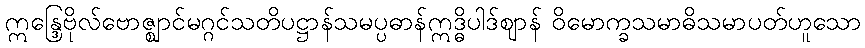
ဣန္ဒြေဗိုလ်ဗောဇ္ဈာင်မဂ္ဂင်သတိပဋ္ဌာန်သမပ္ပဓာန်ဣဒ္ဓိပါဒ်ဈာန် ဝိမောက္ခသမာဓိသမာပတ်ဟူသော